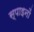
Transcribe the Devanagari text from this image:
स्पाइनों